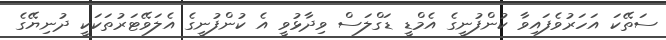
ސަތޭކަ އަހަރުވެފައިވާ ކުންފުނީގެ އެމްޑީ ޑަގްލަސް ވިދާޅުވީ އެ ކުންފުނީގެ އެލަވޭޓަރުތަކަކީ ދުނިޔޭގެ